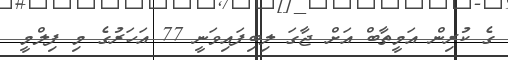
ގެ ކުރިން އަމީތާބް އަށް ޖާގަ ލިބިފައިވަނީ 77 އަހަރުގެ މި ފިލްމީ